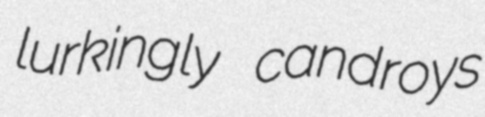
lurkingly candroys